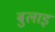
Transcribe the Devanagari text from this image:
बुलाइ